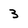
Character: 3